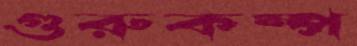
গুরুকম্প